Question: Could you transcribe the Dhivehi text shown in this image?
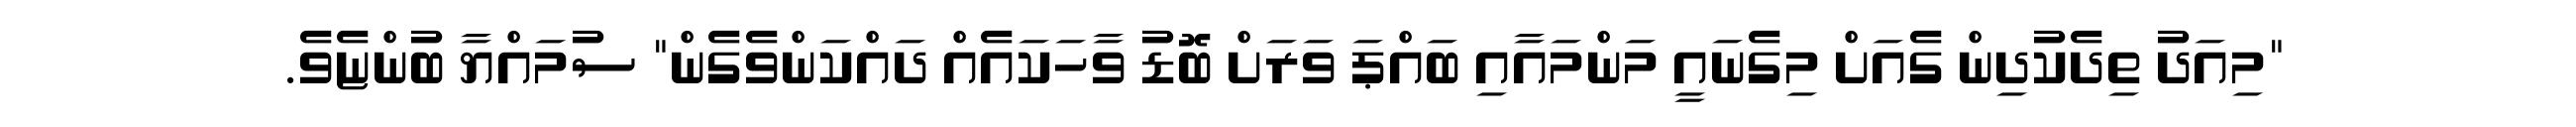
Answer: "މިއަދު ތިދެކުދިން ގެއަށް މިގެނައީ މަންމައާއި ބައްޕަ ވަރަށް ބޮޑު ވާހަކައެއް ދައްކަންވެގެން" ސުމައްޔާ ބުންޏެވެ.